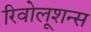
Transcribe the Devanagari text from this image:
रिवोलूशन्स